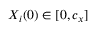
X _ { i } ( 0 ) \in [ 0 , c _ { x } ]